Vaccination Hyderabad 1872-1889 - 1872-1889
Year: 1872
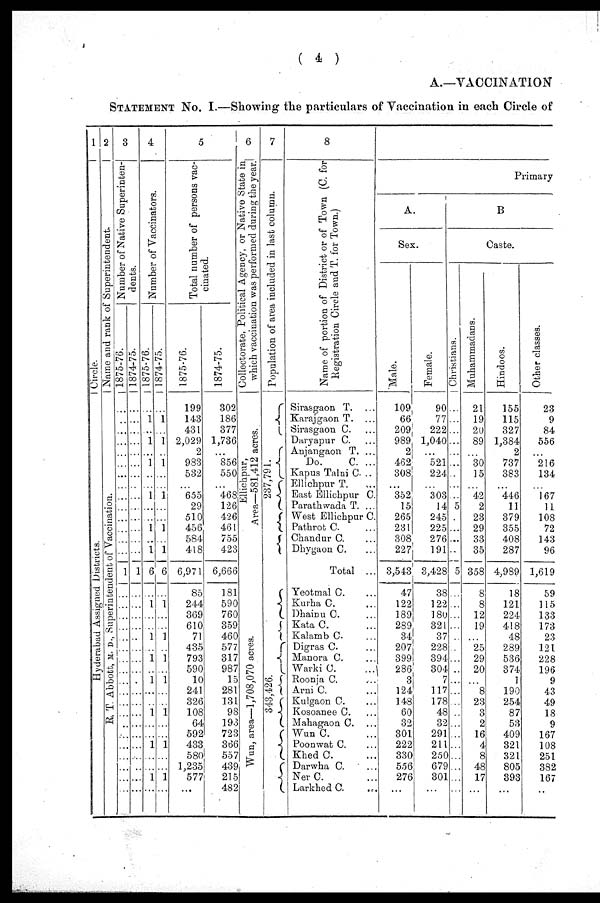
( 4 )
A.—VACCINATION
STATEMENT No. I.—Showing the particulars of Vaccination in each Circle of
1
Circle.
Hyderabad Assigned Districts.
2
Superintendent.
Name and rank of
E. T. Abbott, M. D., Superintendent of Vaccination.
3
Number of Native Superinten-
dents.
1875-76.
...
...
...
...
...
...
...
...
...
...
...
...
...
...
1
...
...
...
...
...
...
...
...
...
...
...
...
...
...
...
...
...
...
...
1874-75.
...
...
...
...
...
...
...
...
...
...
...
...
...
...
1
...
...
...
...
...
...
...
...
...
...
...
...
...
...
...
...
...
...
...
4
Number of Vaccinators.
1875-76.
...
1
...
1
...
1
...
...
1
...
...
1
...
1
6
...
1
...
...
1
...
1
...
1
...
...
1
...
...
1
...
...
1
...
1874-75.
...
1
...
1
...
1
...
...
1
...
...
1
...
1
6
...
1
...
...
1
...
1
...
1
...
...
1
...
...
1
...
...
1
...
5
Total number of persons vac-
cinated.
1875-76.
199
143
431
2,029
2
983
532
...
655
29
510
456
584
418
6,971
85
244
369
610
71
435
793
590
10
241
326
108
64
592
433
580
1,235
577
...
1874-75.
302
186
377
1,736
...
856
550
...
468
126
426
461
755
423
6,666
181
590
760
359
460
577
317
987
15
281
131
98
193
723
366
557
439
215
482
6
Collectorate, Political Agency, or Native State in
which vaccination was performed during the year.
Ellichpur,
Area—581,412 acres.
Wun, area—1,708,070 acres.
7
Population of area included in last column.
237,791.
343,426.
8
Name of portion of District or of Town (C. for
Registration Circle and T. for Town.)
Sirasgaon T. ...
Karajgaon T. ...
Sirasgaon C. ...
Daryapur C. ...
Anjangaon T. ...
Do.
C. ...
Kapus Talni C ...
Ellichpur T.
East Ellichpur C.
Parathwada T. ...
West Ellichpur C.
Pathrot C. ...
Chandur C. ...
Dhygaon C.
Total ...
Yeotmal C. ...
Kurha C. ...
Dhainu C. ...
Kata C. ...
Kalamb C. ...
Digras C. ...
Manora C. ...
Warki C. ...
Roonja C. ...
Arni C. ...
Kulgaon C. ...
Kosoanee C. ...
Mahagaon C. ...
Wun C. ...
Poonwat C. ...
Khed C. ...
Darwha C.
...
Ner C. ...
Larkhed C. ...
Primary
A.
Sex.
Male.
109
66
209
989
2
462
308
...
352
15
265
231
308
227
3,543
47
122
189
289
34
207
399
286
3
124
148
60
32
301
222
330
556
276
...
Female.
90
77
222
1,040
...
521
224
...
303
14
245
225
276
191
3,428
38
122
180
321
37
228
394
304
7
117
178
48
32
291
211
250
679
301
...
B.
Caste.
Christians.
...
...
...
...
...
...
...
...
...
5
...
...
...
...
5
...
...
...
...
...
...
...
...
...
...
...
...
...
...
...
...
...
...
...
Muhammadans.
21
19
20
89
...
30
15
...
42
2
23
29
33
35
358
8
8
12
19
...
25
29
20
...
8
23
3
2
16
4
8
48
17
...
Hindoos.
155
115
327
1,384
2
737
383
...
446
11
379
355
408
287
4,989
18
121
224
418
48
289
536
374
1
190
254
87
53
409
321
321
805
393
...
Other classes.
23
9
84
556
...
216
134
...
167
11
108
72
143
96
1,619
59
115
133
173
23
121
228
196
9
43
49
18
9
167
108
251
382
167
...